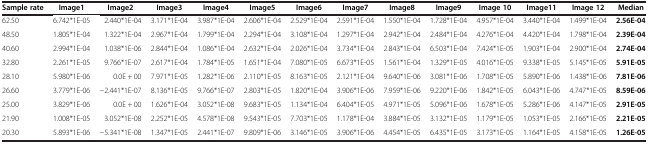
<table><thead><tr><td><b>Sample rate</b></td><td><b>Image1</b></td><td><b>Image2</b></td><td><b>Image3</b></td><td><b>Image4</b></td><td><b>Image5</b></td><td><b>Image6</b></td><td><b>Image7</b></td><td><b>Image8</b></td><td><b>Image9</b></td><td><b>Image 10</b></td><td><b>Image11</b></td><td><b>Image 12</b></td><td><b>Median</b></td></tr></thead><tbody><tr><td>62.50</td><td>6.742*1E-05</td><td>2.440*1E-04</td><td>3.171*1E-04</td><td>3.987*1E-04</td><td>2.606*1E-04</td><td>2.529*1E-04</td><td>2.591*1E-04</td><td>1.550*1E-04</td><td>1.728*1E-04</td><td>4.957*1E-04</td><td>3.440*1E-04</td><td>1.499*1E-04</td><td><b>2.56E-04</b></td></tr><tr><td>48.50</td><td>1.805*1E-04</td><td>1.322*1E-04</td><td>2.967*1E-04</td><td>1.799*1E-04</td><td>2.294*1E-04</td><td>3.108*1E-04</td><td>1.297*1E-04</td><td>2.942*1E-04</td><td>2.484*1E-04</td><td>4.276*1E-04</td><td>4.420*1E-04</td><td>1.798*1E-04</td><td><b>2.39E-04</b></td></tr><tr><td>40.60</td><td>2.994*1E-04</td><td>1.038*1E-06</td><td>2.844*1E-04</td><td>1.086*1E-04</td><td>2.632*1E-04</td><td>2.026*1E-04</td><td>3.734*1E-04</td><td>2.843*1E-04</td><td>6.503*1E-04</td><td>7.424*1E-05</td><td>1.903*1E-04</td><td>2.900*1E-04</td><td><b>2.74E-04</b></td></tr><tr><td>32.80</td><td>2.261*1E-05</td><td>9.766*1E-07</td><td>2.617*1E-04</td><td>1.784*1E-05</td><td>1.651*1E-04</td><td>7.080*1E-05</td><td>6.673*1E-05</td><td>1.561*1E-04</td><td>1.329*1E-05</td><td>4.016*1E-05</td><td>9.338*1E-05</td><td>5.145*1E-05</td><td><b>5.91E-05</b></td></tr><tr><td>28.10</td><td>5.980*1E-06</td><td>0.0E + 00</td><td>7.971*1E-05</td><td>1.282*1E-06</td><td>2.110*1E-05</td><td>8.163*1E-05</td><td>2.121*1E-04</td><td>9.640*1E-06</td><td>3.081*1E-06</td><td>1.708*1E-05</td><td>5.890*1E-06</td><td>1.438*1E-06</td><td><b>7.81E-06</b></td></tr><tr><td>26.60</td><td>3.779*1E-06</td><td>−2.441*1E-07</td><td>8.136*1E-05</td><td>9.766*1E-07</td><td>2.803*1E-05</td><td>1.820*1E-04</td><td>3.906*1E-06</td><td>7.959*1E-06</td><td>9.220*1E-06</td><td>1.842*1E-05</td><td>6.043*1E-06</td><td>4.747*1E-05</td><td><b>8.59E-06</b></td></tr><tr><td>25.00</td><td>3.829*1E-06</td><td>0.0E + 00</td><td>1.626*1E-04</td><td>3.052*1E-08</td><td>9.683*1E-05</td><td>1.134*1E-04</td><td>6.404*1E-05</td><td>4.971*1E-05</td><td>5.096*1E-06</td><td>1.678*1E-05</td><td>5.286*1E-06</td><td>4.147*1E-05</td><td><b>2.91E-05</b></td></tr><tr><td>21.90</td><td>1.008*1E-05</td><td>3.052*1E-08</td><td>2.252*1E-05</td><td>4.578*1E-08</td><td>9.543*1E-05</td><td>7.703*1E-05</td><td>1.178*1E-04</td><td>3.884*1E-05</td><td>3.132*1E-05</td><td>1.179*1E-05</td><td>1.053*1E-05</td><td>2.166*1E-05</td><td><b>2.21E-05</b></td></tr><tr><td>20.30</td><td>5.893*1E-06</td><td>−5.341*1E-08</td><td>1.347*1E-05</td><td>2.441*1E-07</td><td>9.809*1E-06</td><td>3.146*1E-05</td><td>3.906*1E-06</td><td>4.454*1E-05</td><td>6.435*1E-05</td><td>3.173*1E-05</td><td>1.164*1E-05</td><td>4.158*1E-05</td><td><b>1.26E-05</b></td></tr></tbody></table>